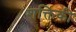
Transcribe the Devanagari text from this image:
शक्तिकी